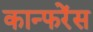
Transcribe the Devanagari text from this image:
कान्फरेंस